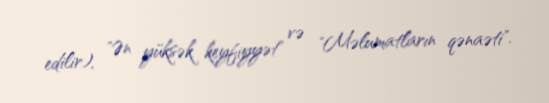
edilir), "Ən yüksək keyfiyyət" və "Məlumatların qənaəti".